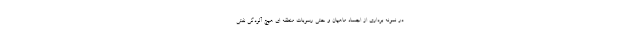
در نمونه برداری از اجساد ماهیان و حتی رسوبات منطقه ای هیچ آلودگی نفتی